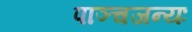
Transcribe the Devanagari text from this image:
पाञ्चजन्यः